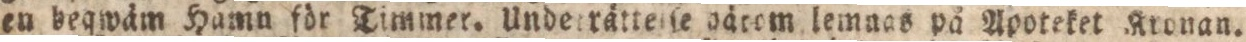
en beqwäm Hamn för Timmer. Undeträtteiſe gätom lemnas på Apoteket Kronan.